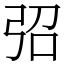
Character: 弨